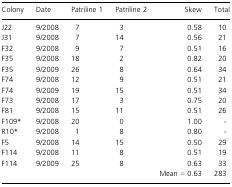
| Colony | Date | Patriline 1 | Patriline 2 | Skew | Total |
 | --- | --- | --- | --- | --- | --- |
 | J22 | 9/2008 | 7 | 3 | 0.58 | 10 |
 | J31 | 9/2008 | 7 | 14 | 0.56 | 21 |
 | F32 | 9/2008 | 9 | 7 | 0.51 | 16 |
 | F35 | 9/2008 | 18 | 2 | 0.82 | 20 |
 | F35 | 9/2009 | 26 | 8 | 0.64 | 34 |
 | F74 | 9/2008 | 12 | 9 | 0.51 | 21 |
 | F74 | 9/2009 | 19 | 15 | 0.51 | 34 |
 | F73 | 9/2008 | 17 | 3 | 0.75 | 20 |
 | F81 | 9/2008 | 15 | 11 | 0.51 | 26 |
 | F109* | 9/2008 | 20 | 0 | 1.00 | - |
 | R10* | 9/2008 | 1 | 8 | 0.80 | - |
 | F5 | 9/2008 | 14 | 15 | 0.50 | 29 |
 | F114 | 9/2008 | 11 | 8 | 0.51 | 19 |
 | F114 | 9/2009 | 25 | 8 | 0.63 | 33 |
 |  |  |  |  | Mean = 0.63 | 283 |